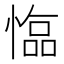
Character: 𢠑